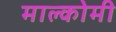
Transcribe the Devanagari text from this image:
माल्कोमी